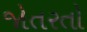
જોતરતો